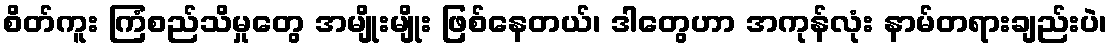
စိတ်ကူး ကြံစည်သိမှုတွေ အမျိုးမျိုး ဖြစ်နေတယ်၊ ဒါတွေဟာ အကုန်လုံး နာမ်တရားချည်းပဲ၊